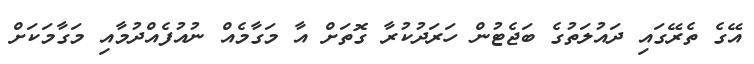
އޭގެ ތެރޭގައި ދައުލަތުގެ ބަޖެޓުން ހަރަދުކުރާ ގޮތަށް އާ މަގާމެއް ނުއުފެއްދުމާއި މަގާމަކަށް